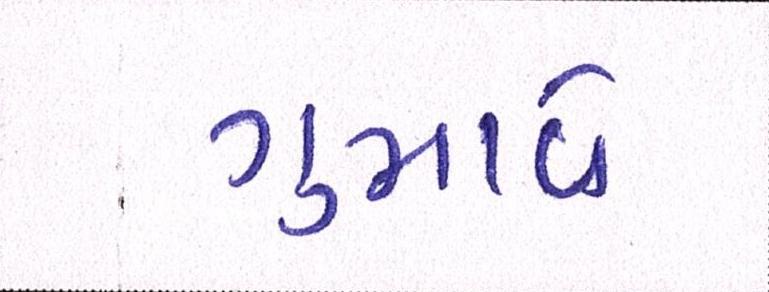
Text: ગુમાવે